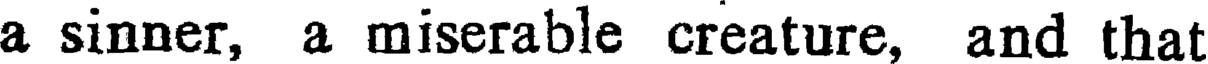
a sinner, a miserable creature, and that